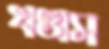
খণ্ডাস